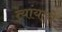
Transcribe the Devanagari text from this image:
त्यांयाचे